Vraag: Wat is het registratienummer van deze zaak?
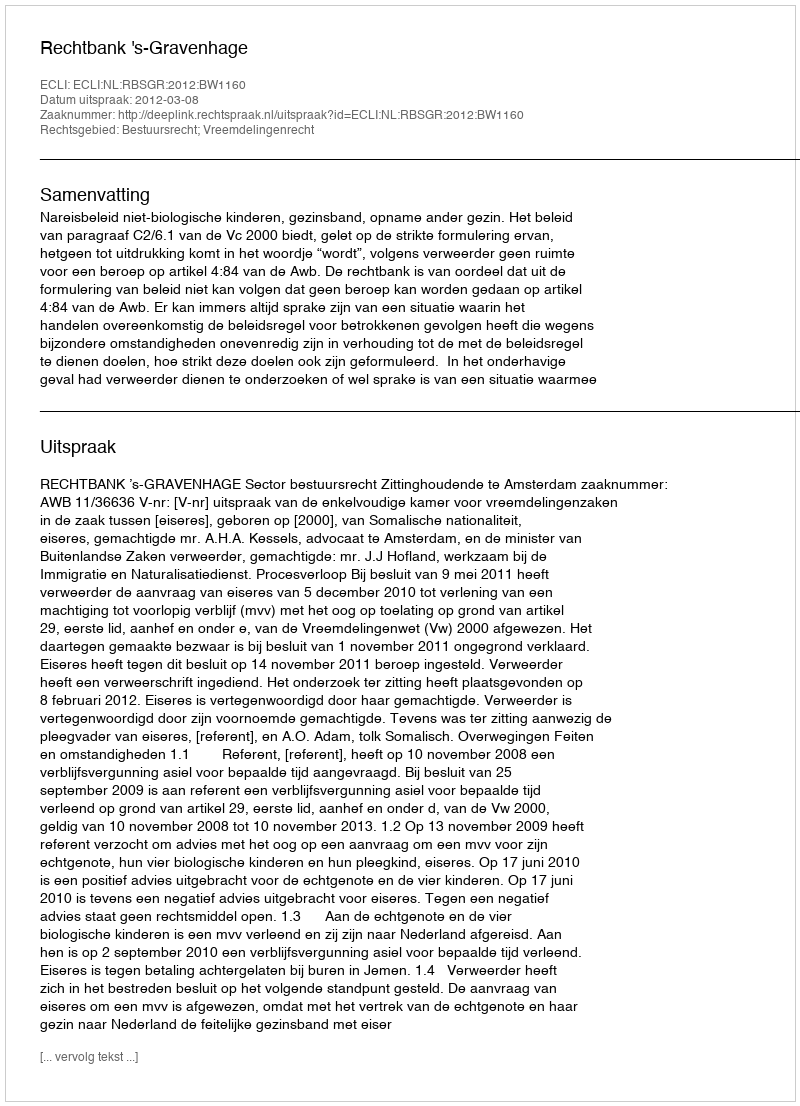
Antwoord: http://deeplink.rechtspraak.nl/uitspraak?id=ECLI:NL:RBSGR:2012:BW1160